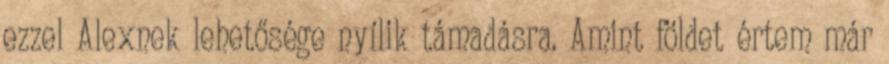
ezzel Alexnek lehetősége nyílik támadásra. Amint földet értem már